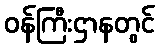
ဝန်ကြီးဌာနတွင်